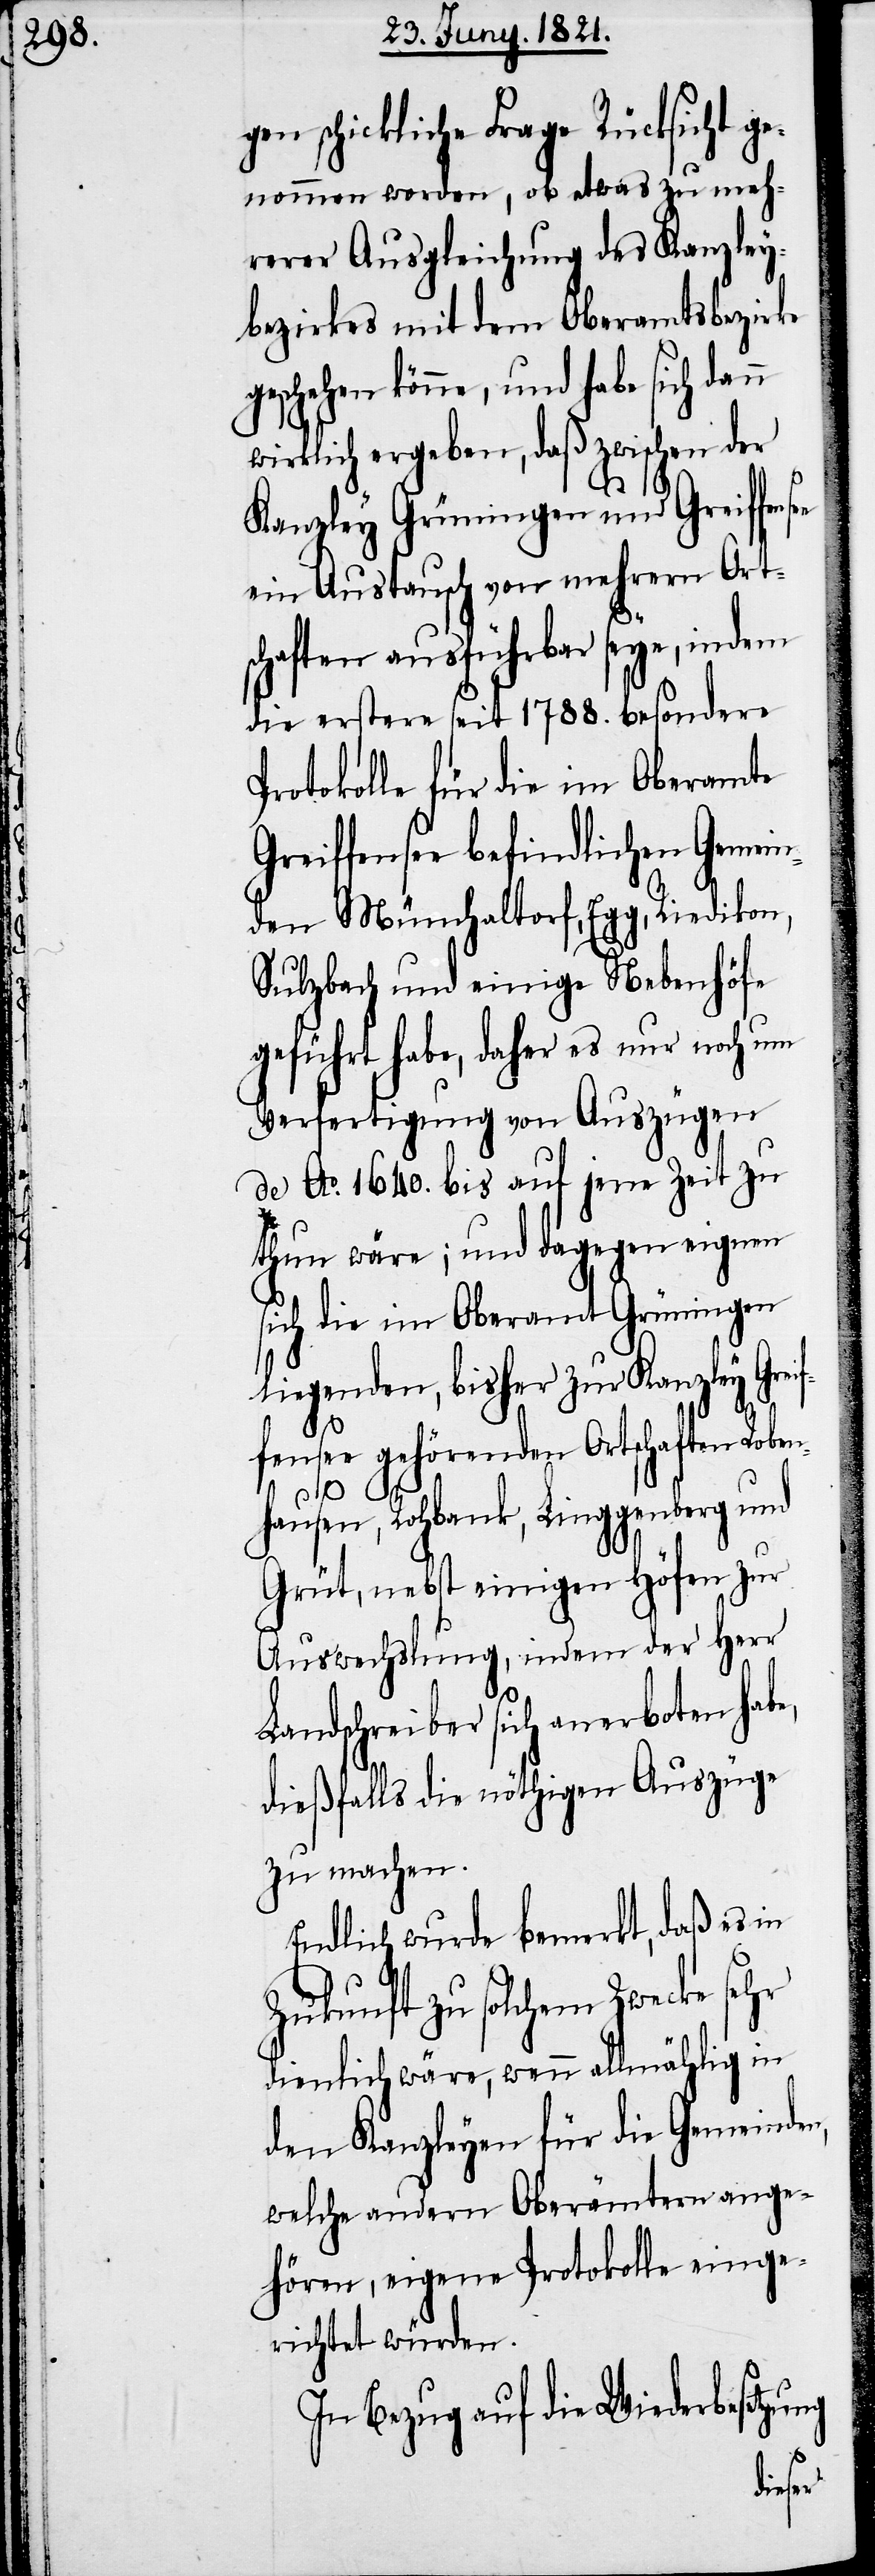
schickliche Frage Rücksicht g¬
enommen worden, ob etwas zu meh¬
rerer Ausgleichung des Kanzley¬
bezirkes mit dem Oberamtsbezirke
geschehen könne, und habe sich dann
wirklich ergeben, daß zwischen der
n,
ee
Kanzley Grüningen und Greiffens¬
ein Austausch von mehrern Ort¬
schaften ausführbar seye, indem
die erstere seit 1788. besondere
Protokolle für die im Oberamte
Greiffensee befindlichen Gemein¬
den Münchaltorf, Egg, Riedikon,
Sulzbach und einige Nebenhöfe
geführt habe, daher es nur noch um
Verfertigung von Auszügen
de Ao. 1640. bis auf jene Zeit zu
thun wäre; und dagegen eignen
sich die im Oberamt Grüningen
liegenden, bisher zur Kanzley Grei¬
ffensee gehörenden Ortschaften Roben¬
hausen, Rohbank, Linggenberg und
Grüt, nebst einigen Höfen zur
Auswechslung, indem der Herr
Landschreiber sich anerboten habe,
dießfalls die nöthigen Auszüge
zu machen.
Endlich wurde bemerkt, daß es in
Zukunft zu solchem Zwecke sehr
dienlich wäre, wenn allmählig in
den Kanzleyen für die Gemeinde¬
welche andern Oberämtern ange¬
hören, eigene Protokolle einge¬
richtet würden.
In Bezug auf die Wiederbesetzung